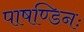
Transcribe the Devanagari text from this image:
पाषण्डिनः